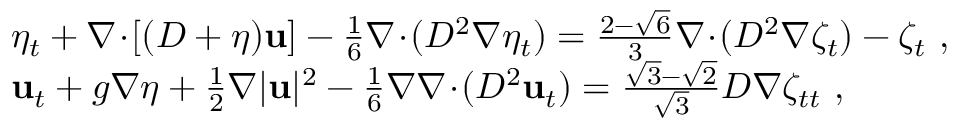
\begin{array} { r l } & { \eta _ { t } + \nabla \! \cdot \! [ ( D + \eta ) \mathbf { u } ] - \frac { 1 } { 6 } \nabla \! \cdot \! ( D ^ { 2 } \nabla \eta _ { t } ) = \frac { 2 - \sqrt { 6 } } { 3 } \nabla \! \cdot \! ( D ^ { 2 } \nabla \zeta _ { t } ) - \zeta _ { t } \ , } \\ & { \mathbf { u } _ { t } + g \nabla \eta + \frac { 1 } { 2 } \nabla | \mathbf { u } | ^ { 2 } - \frac { 1 } { 6 } \nabla \nabla \! \cdot \! ( D ^ { 2 } \mathbf { u } _ { t } ) = \frac { \sqrt { 3 } - \sqrt { 2 } } { \sqrt { 3 } } D \nabla \zeta _ { t t } \ , } \end{array}